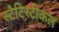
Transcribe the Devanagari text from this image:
स्टैटिस्टीकल